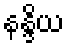
နန္ဒိယ